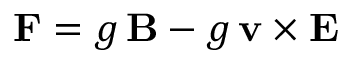
\mathbf { F } = g \, \mathbf { B } - g \, \mathbf { v } \times \mathbf { E }